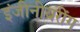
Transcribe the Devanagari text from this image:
इंजीनीयरींग